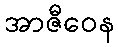
အာဇီဝေန